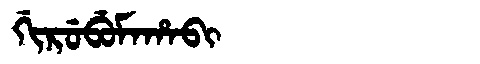
Manchu: ᡤᡳᡵᡠᠪᡠᠮᠠᡥᠠᠪᡳ
Romanization: GIRUBUMAHABI